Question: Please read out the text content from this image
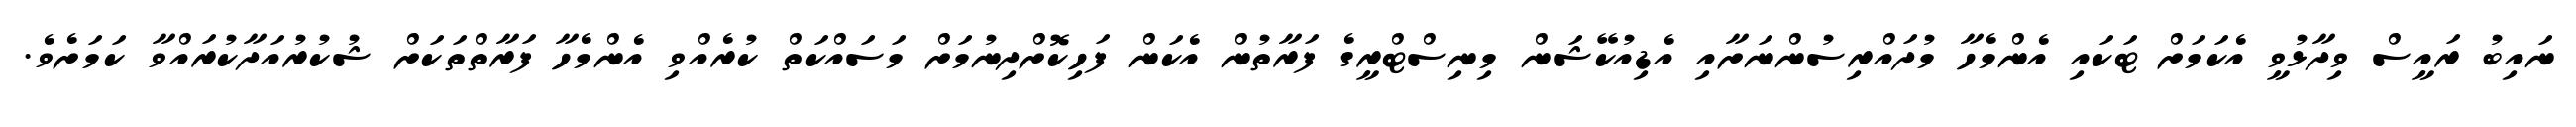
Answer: ނައިބު ރައީސް ވިދާޅުވީ އެކަމަށް ޓަކައި އެންމެހާ މުދައްރިސުންނަށާއި އެޑިއުކޭޝަން މިނިސްޓްރީގެ ފަރާތުން އެކަން ފަހިކޮށްދިނުމަށް މަސައްކަތް ކުރެއްވި އެންމެހާ ފަރާތްތަކަށް ޝުކުރުއަދާކުރައްވާ ކަމަށެވެ.